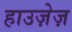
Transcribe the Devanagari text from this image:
हाउज़ेज़